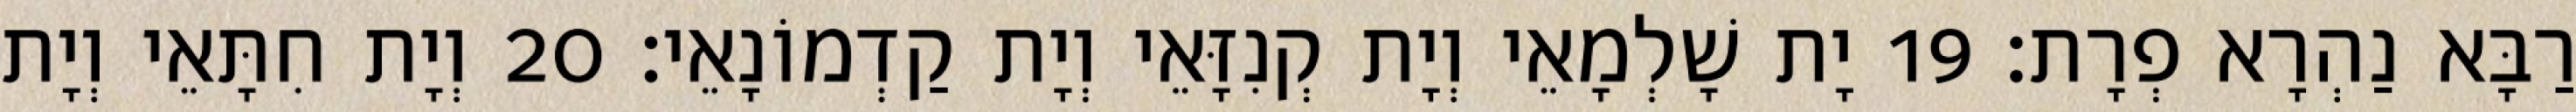
רַבָּא נַהְרָא פְרָת׃ 19 יָת שָׁלְמָאֵי וְיָת קְנִזָּאֵי וְיָת קַדְמוֹנָאֵי׃ 20 וְיָת חִתָּאֵי וְיָת